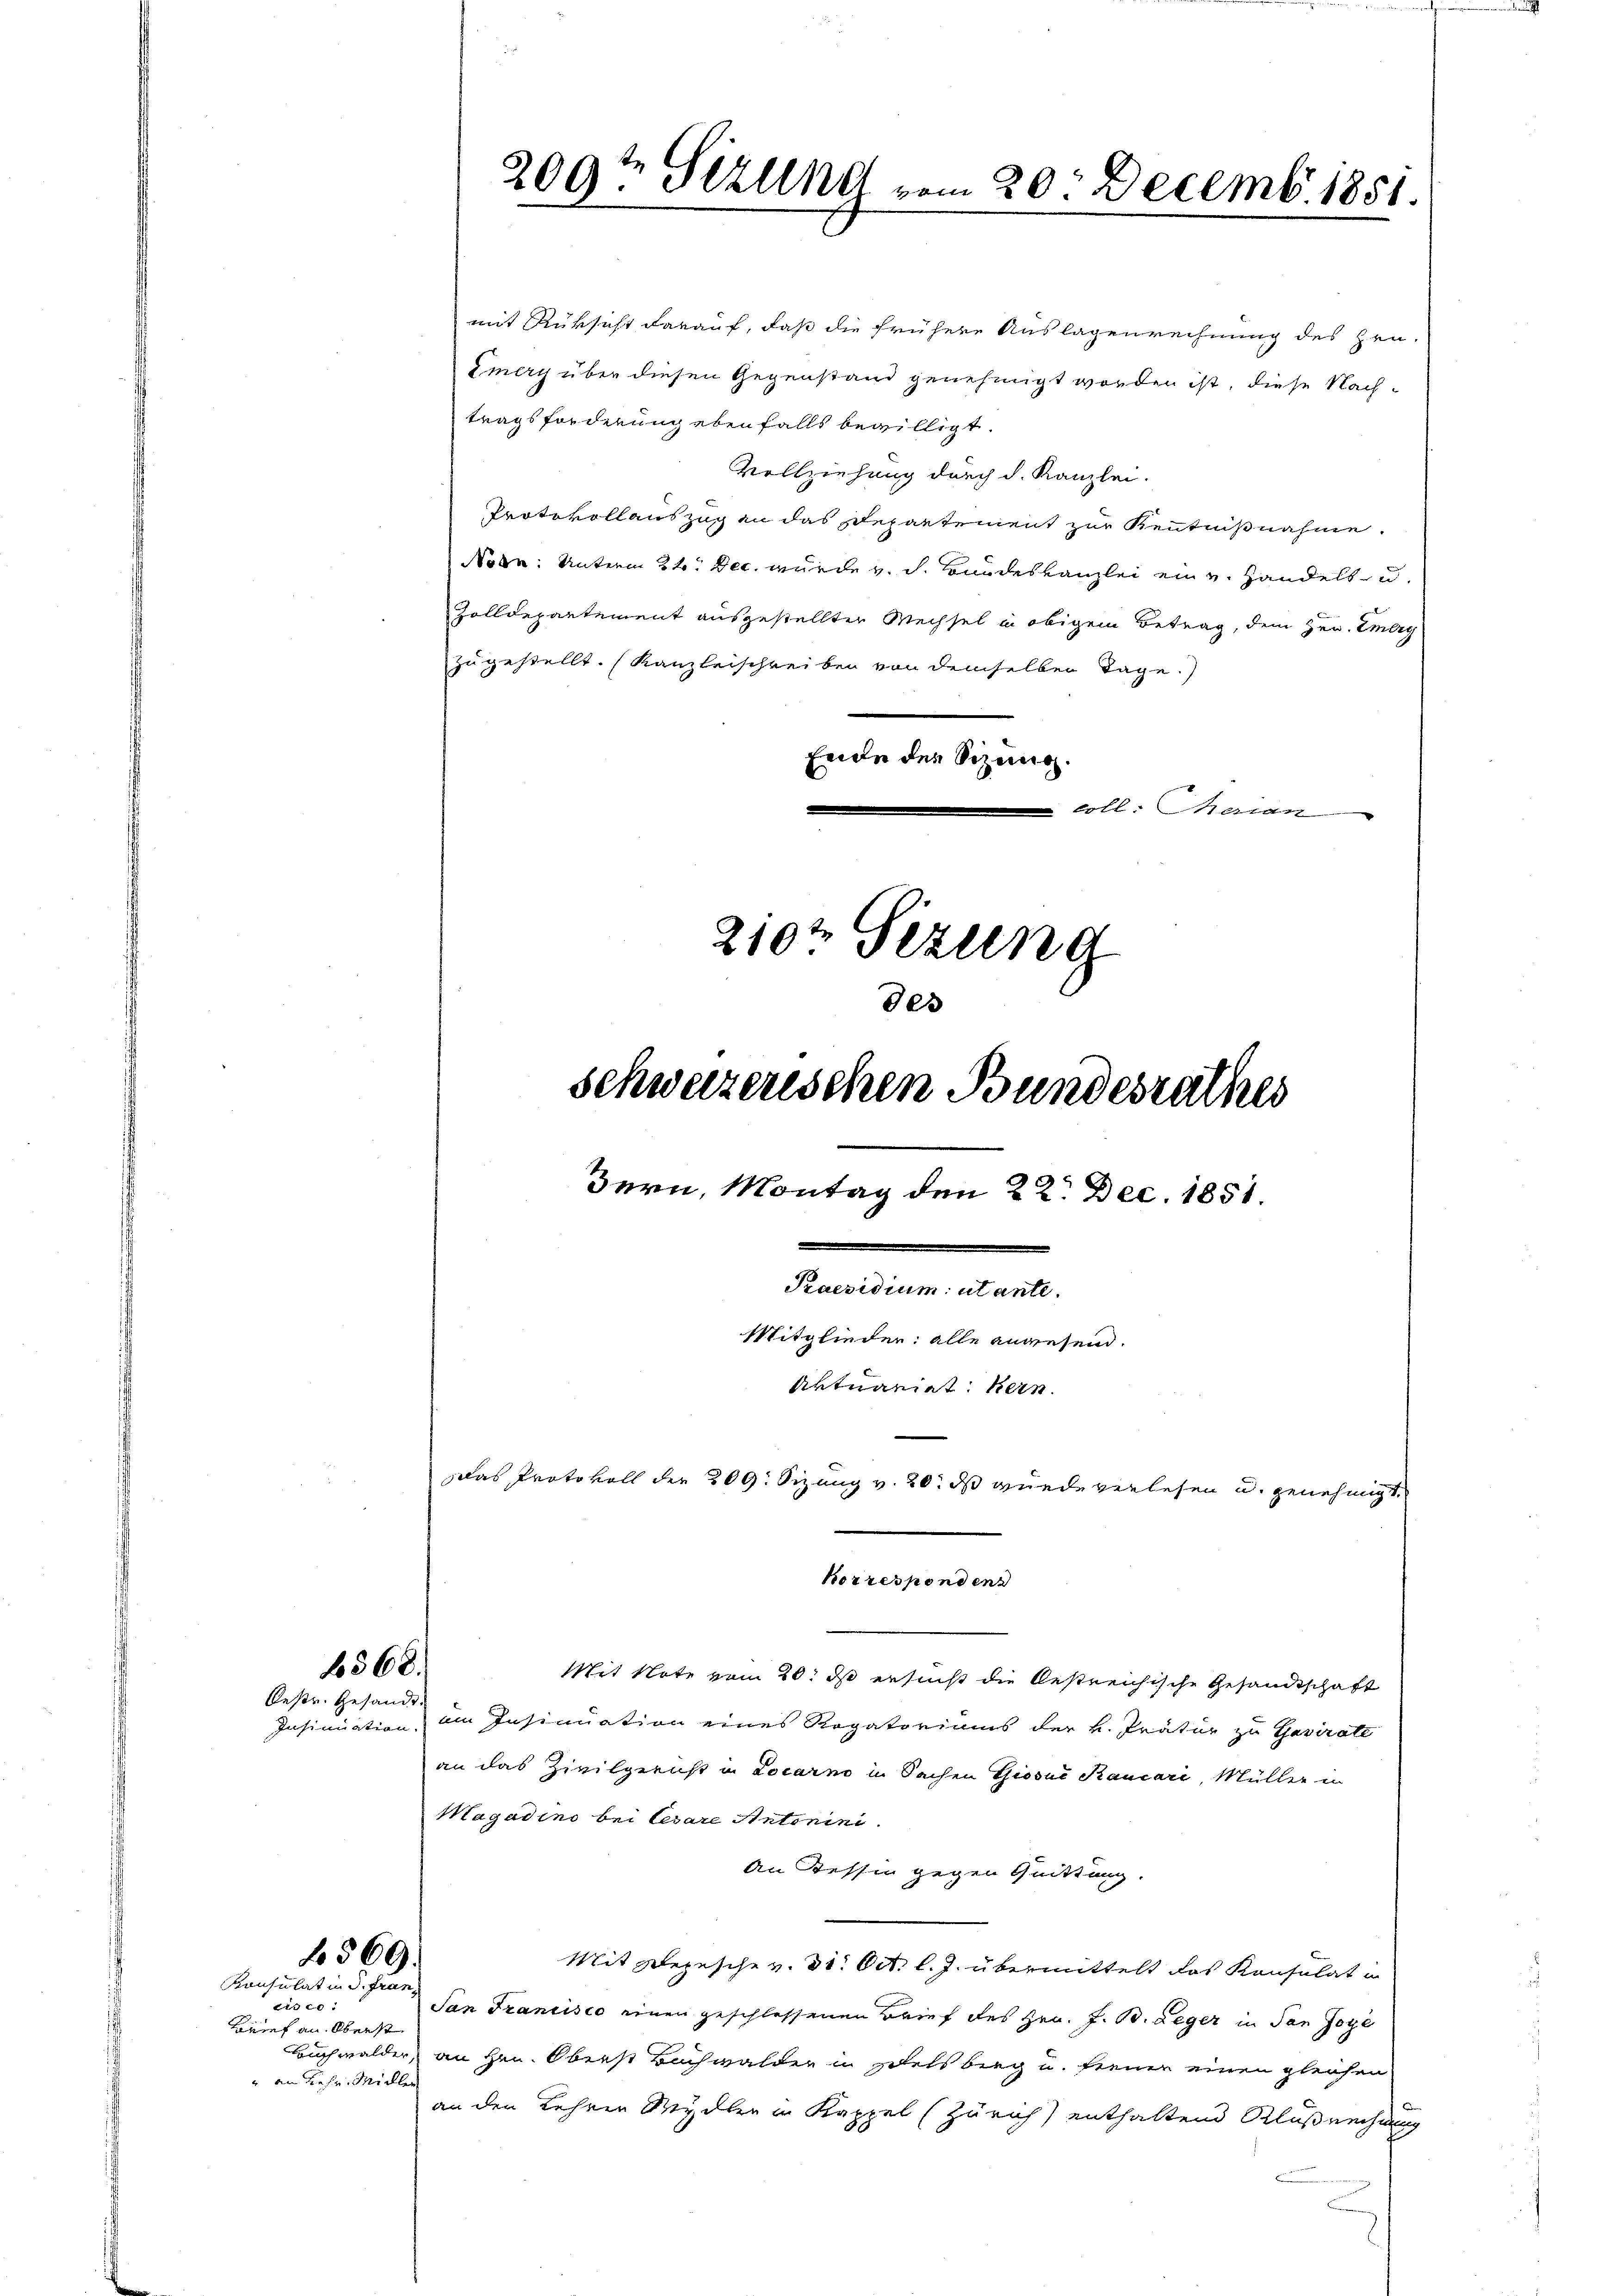
Insinuation.

636.
Oestr. Gesandt.

xx
Brief an Oberst
" an diese Midler

569.
Konsulat in d. Fran¬

mit Rüksicht darauf, daß die frühere Auslagenrechnung des Hrn.
Emerg über diesen Gegenstand genehmigt worden ist, diese Nachtragsforderung ebenfalls bewilligt.
Vollziehung durch d. Kanzlei.
Protokollauszug an das Departement zur Kenntnißnahme.
Nobn: Unterm 24. Dec. wurde v. d. Bundeskanzlei ein v. Handels- u.
Zolldepartement ausgestellter Wechsel in obigem Betrag, dem Hrn. Emerg
zugestellt. (Kanzleischreiben von demselben Tage.)
Eine der Sitzung.
 coll. Merian
210½ Sizung

des
schweizerischen Bundesrathes
Bern, Montag den 22. Dec. 1851.
Praesidium utante.
Mitglieder: alle angesend.
Aktuariat kein
Das Protokoll der 209. Sizung v. 20. ds wurde verlesen u. genehmigt.
korresponden

209te Sizung vom 20. Decemb. 1851.

Mit Note vom 20. ds ersucht die bestreichische Gesandtschaft
im Insinuation eines Rogatoriums der k. Prätur zu Gavirate
an das Zivilgerist in Locarno in Sachen Giosus Kaucari, Müller un
Magadino bei Cesare Antonini.
An Tessin gegen Quittung.
Mit Depesche v. 31. Oct. l. J. übermittelt das Konsulat in
San Francisco einen geschlossenen Brief des Hrn. J. B. Leger in den Jose
Buchwalder, an Hrn. Oberst Bachwalder in Zedelsberg u. ferner einen gleichen
an den Kehren Mydlen in Kappel (Zürich) enthaltend Klußrechnung